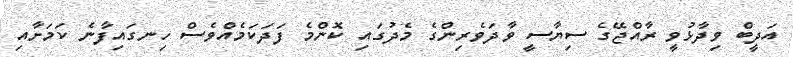
އަދީބް ވިދާޅުވީ ރާއްޖޭގެ ސިޔާސީ ވާދަވެރިންގެ މެދުގައި ކޮންމެ ފަދަކަމެއްވެސް ހިނގައިފާނެ ކަމަށާއި